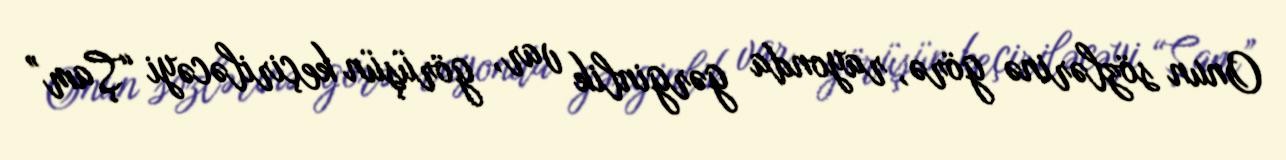
Onun sözlərinə görə, rayonda gərginlik var, görüşün keçiriləcəyi “Şam”